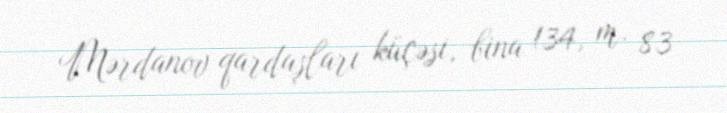
Mərdanov qardaşları küçəsi, bina 134, m. 83